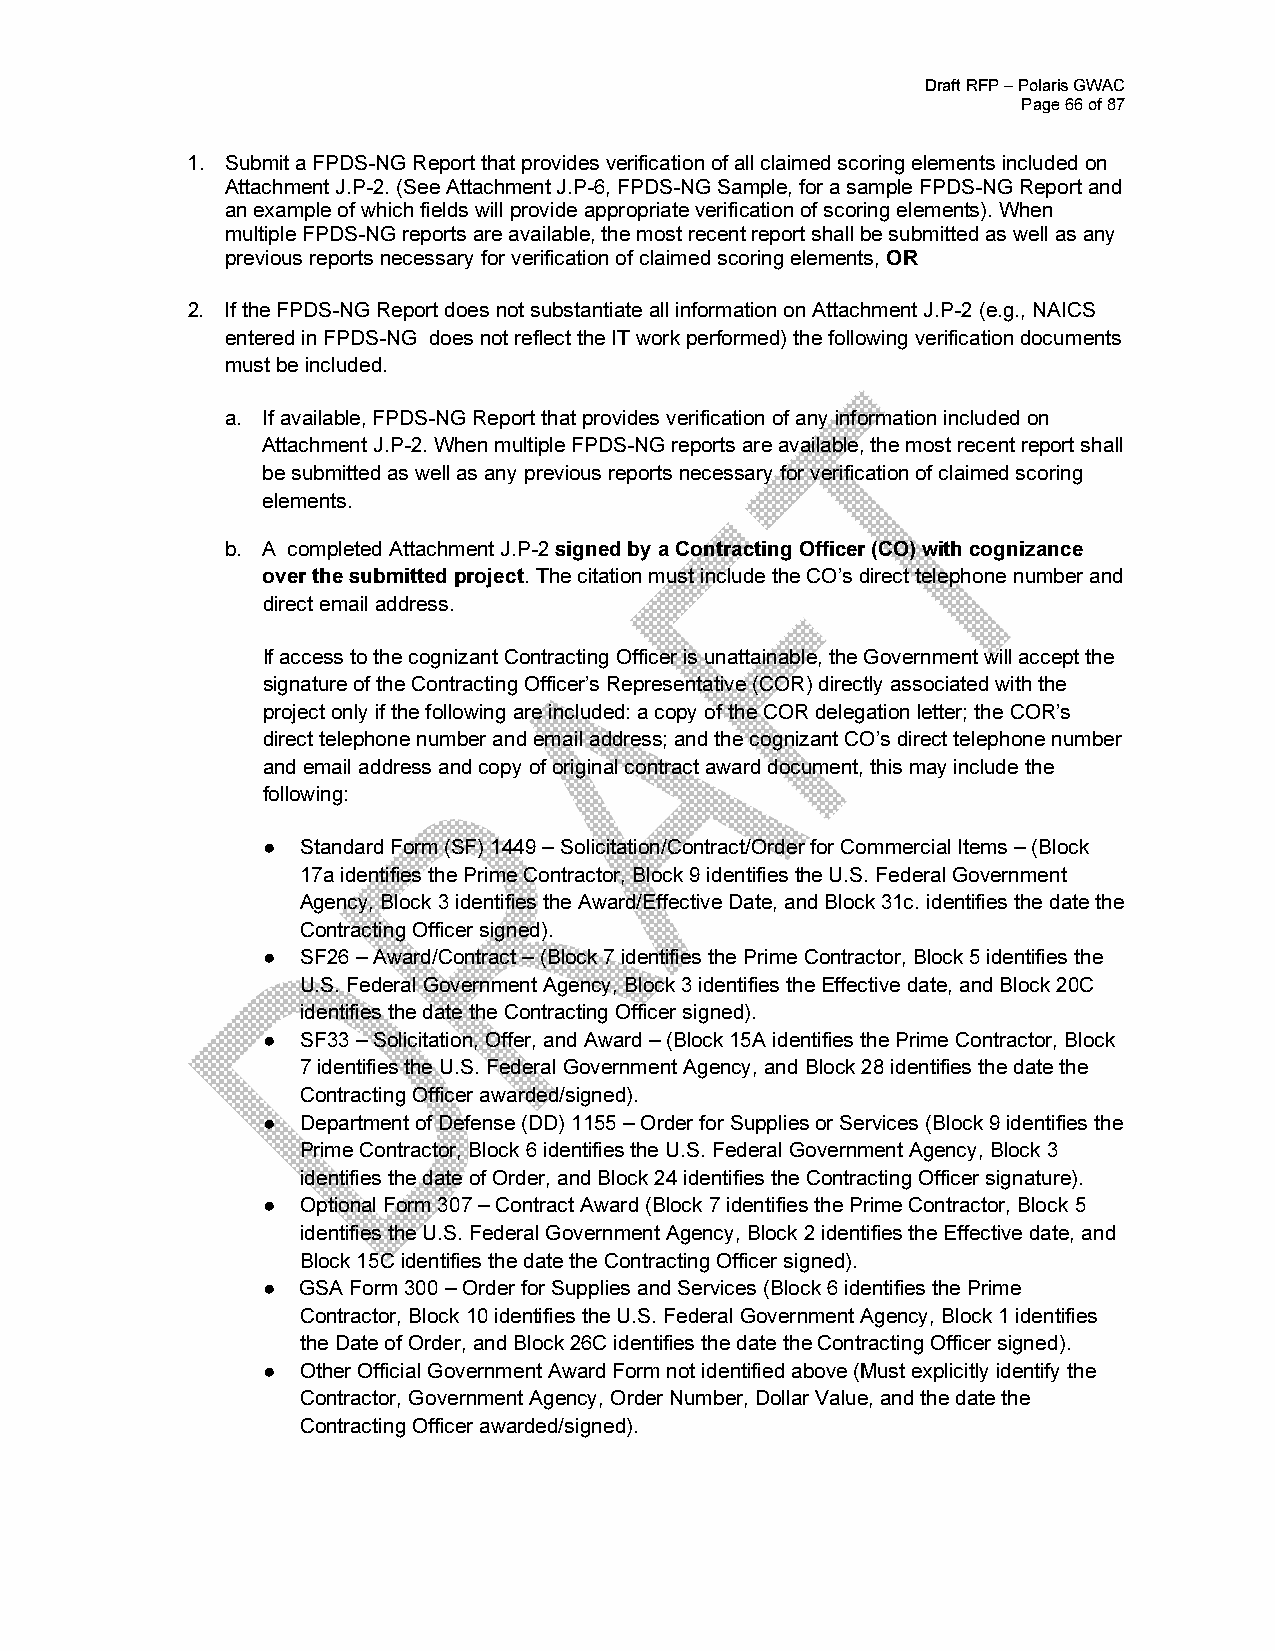
Draft RFP – Polaris GWAC
 Page 66 of 87
 1. Submit a FPDS-NG Report that provides verification of all claimed scoring elements included on
 Attachment J.P-2. (See Attachment J.P-6, FPDS-NG Sample, for a sample FPDS-NG Report and
 an example of which fields will provide appropriate verification of scoring elements). When
 multiple FPDS-NG reports are available, the most recent report shall be submitted as well as any
 previous reports necessary for verification of claimed scoring elements, OR
 2. If the FPDS-NG Report does not substantiate all information on Attachment J.P-2 (e.g., NAICS
 entered in FPDS-NG does not reflect the IT work performed) the following verification documents
 must be included.
 a. If available, FPDS-NG Report that provides verification of any information included on
 Attachment J.P-2. When multiple FPDS-NG reports are available, the most recent report shall
 be submitted as well as any previous reports necessary for verification of claimed scoring
 elements.
 b. A completed Attachment J.P-2 signed by a Contracting Officer (CO) with cognizance
 over the submitted project. The citation must include the CO’s direct telephone number and
 direct email address.
 If access to the cognizant Contracting Officer is unattainable, the Government will accept the
 signature of the Contracting Officer’s Representative (COR) directly associated with the
 project only if the following are included: a copy of the COR delegation letter; the COR’s
 direct telephone number and email address; and the cognizant CO’s direct telephone number
 and email address and copy of original contract award document, this may include the
 following:
 ●  Standard Form (SF) 1449 – Solicitation/Contract/Order for Commercial Items – (Block
 17a identifies the Prime Contractor, Block 9 identifies the U.S. Federal Government
 Agency, Block 3 identifies the Award/Effective Date, and Block 31c. identifies the date the
 Contracting Officer signed).
 ●  SF26 – Award/Contract – (Block 7 identifies the Prime Contractor, Block 5 identifies the
 U.S. Federal Government Agency, Block 3 identifies the Effective date, and Block 20C
 identifies the date the Contracting Officer signed).
 ●  SF33 – Solicitation, Offer, and Award – (Block 15A identifies the Prime Contractor, Block
 7 identifies the U.S. Federal Government Agency, and Block 28 identifies the date the
 Contracting Officer awarded/signed).
 ●  Department of Defense (DD) 1155 – Order for Supplies or Services (Block 9 identifies the
 Prime Contractor, Block 6 identifies the U.S. Federal Government Agency, Block 3
 identifies the date of Order, and Block 24 identifies the Contracting Officer signature).
 ●  Optional Form 307 – Contract Award (Block 7 identifies the Prime Contractor, Block 5
 identifies the U.S. Federal Government Agency, Block 2 identifies the Effective date, and
 Block 15C identifies the date the Contracting Officer signed).
 ●  GSA Form 300 – Order for Supplies and Services (Block 6 identifies the Prime
 Contractor, Block 10 identifies the U.S. Federal Government Agency, Block 1 identifies
 the Date of Order, and Block 26C identifies the date the Contracting Officer signed).
 ●  Other Official Government Award Form not identified above (Must explicitly identify the
 Contractor, Government Agency, Order Number, Dollar Value, and the date the
 Contracting Officer awarded/signed).